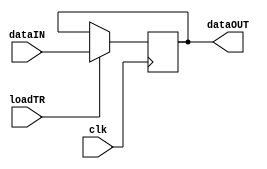
module regTR
#(parameter dataWidth=16)
(
input clk,
input loadTR,
input [dataWidth-1:0] dataIN,
output reg [dataWidth-1:0] dataOUT
);

always @(negedge clk)
begin
if (loadTR)
	dataOUT<=dataIN;
end
endmodule